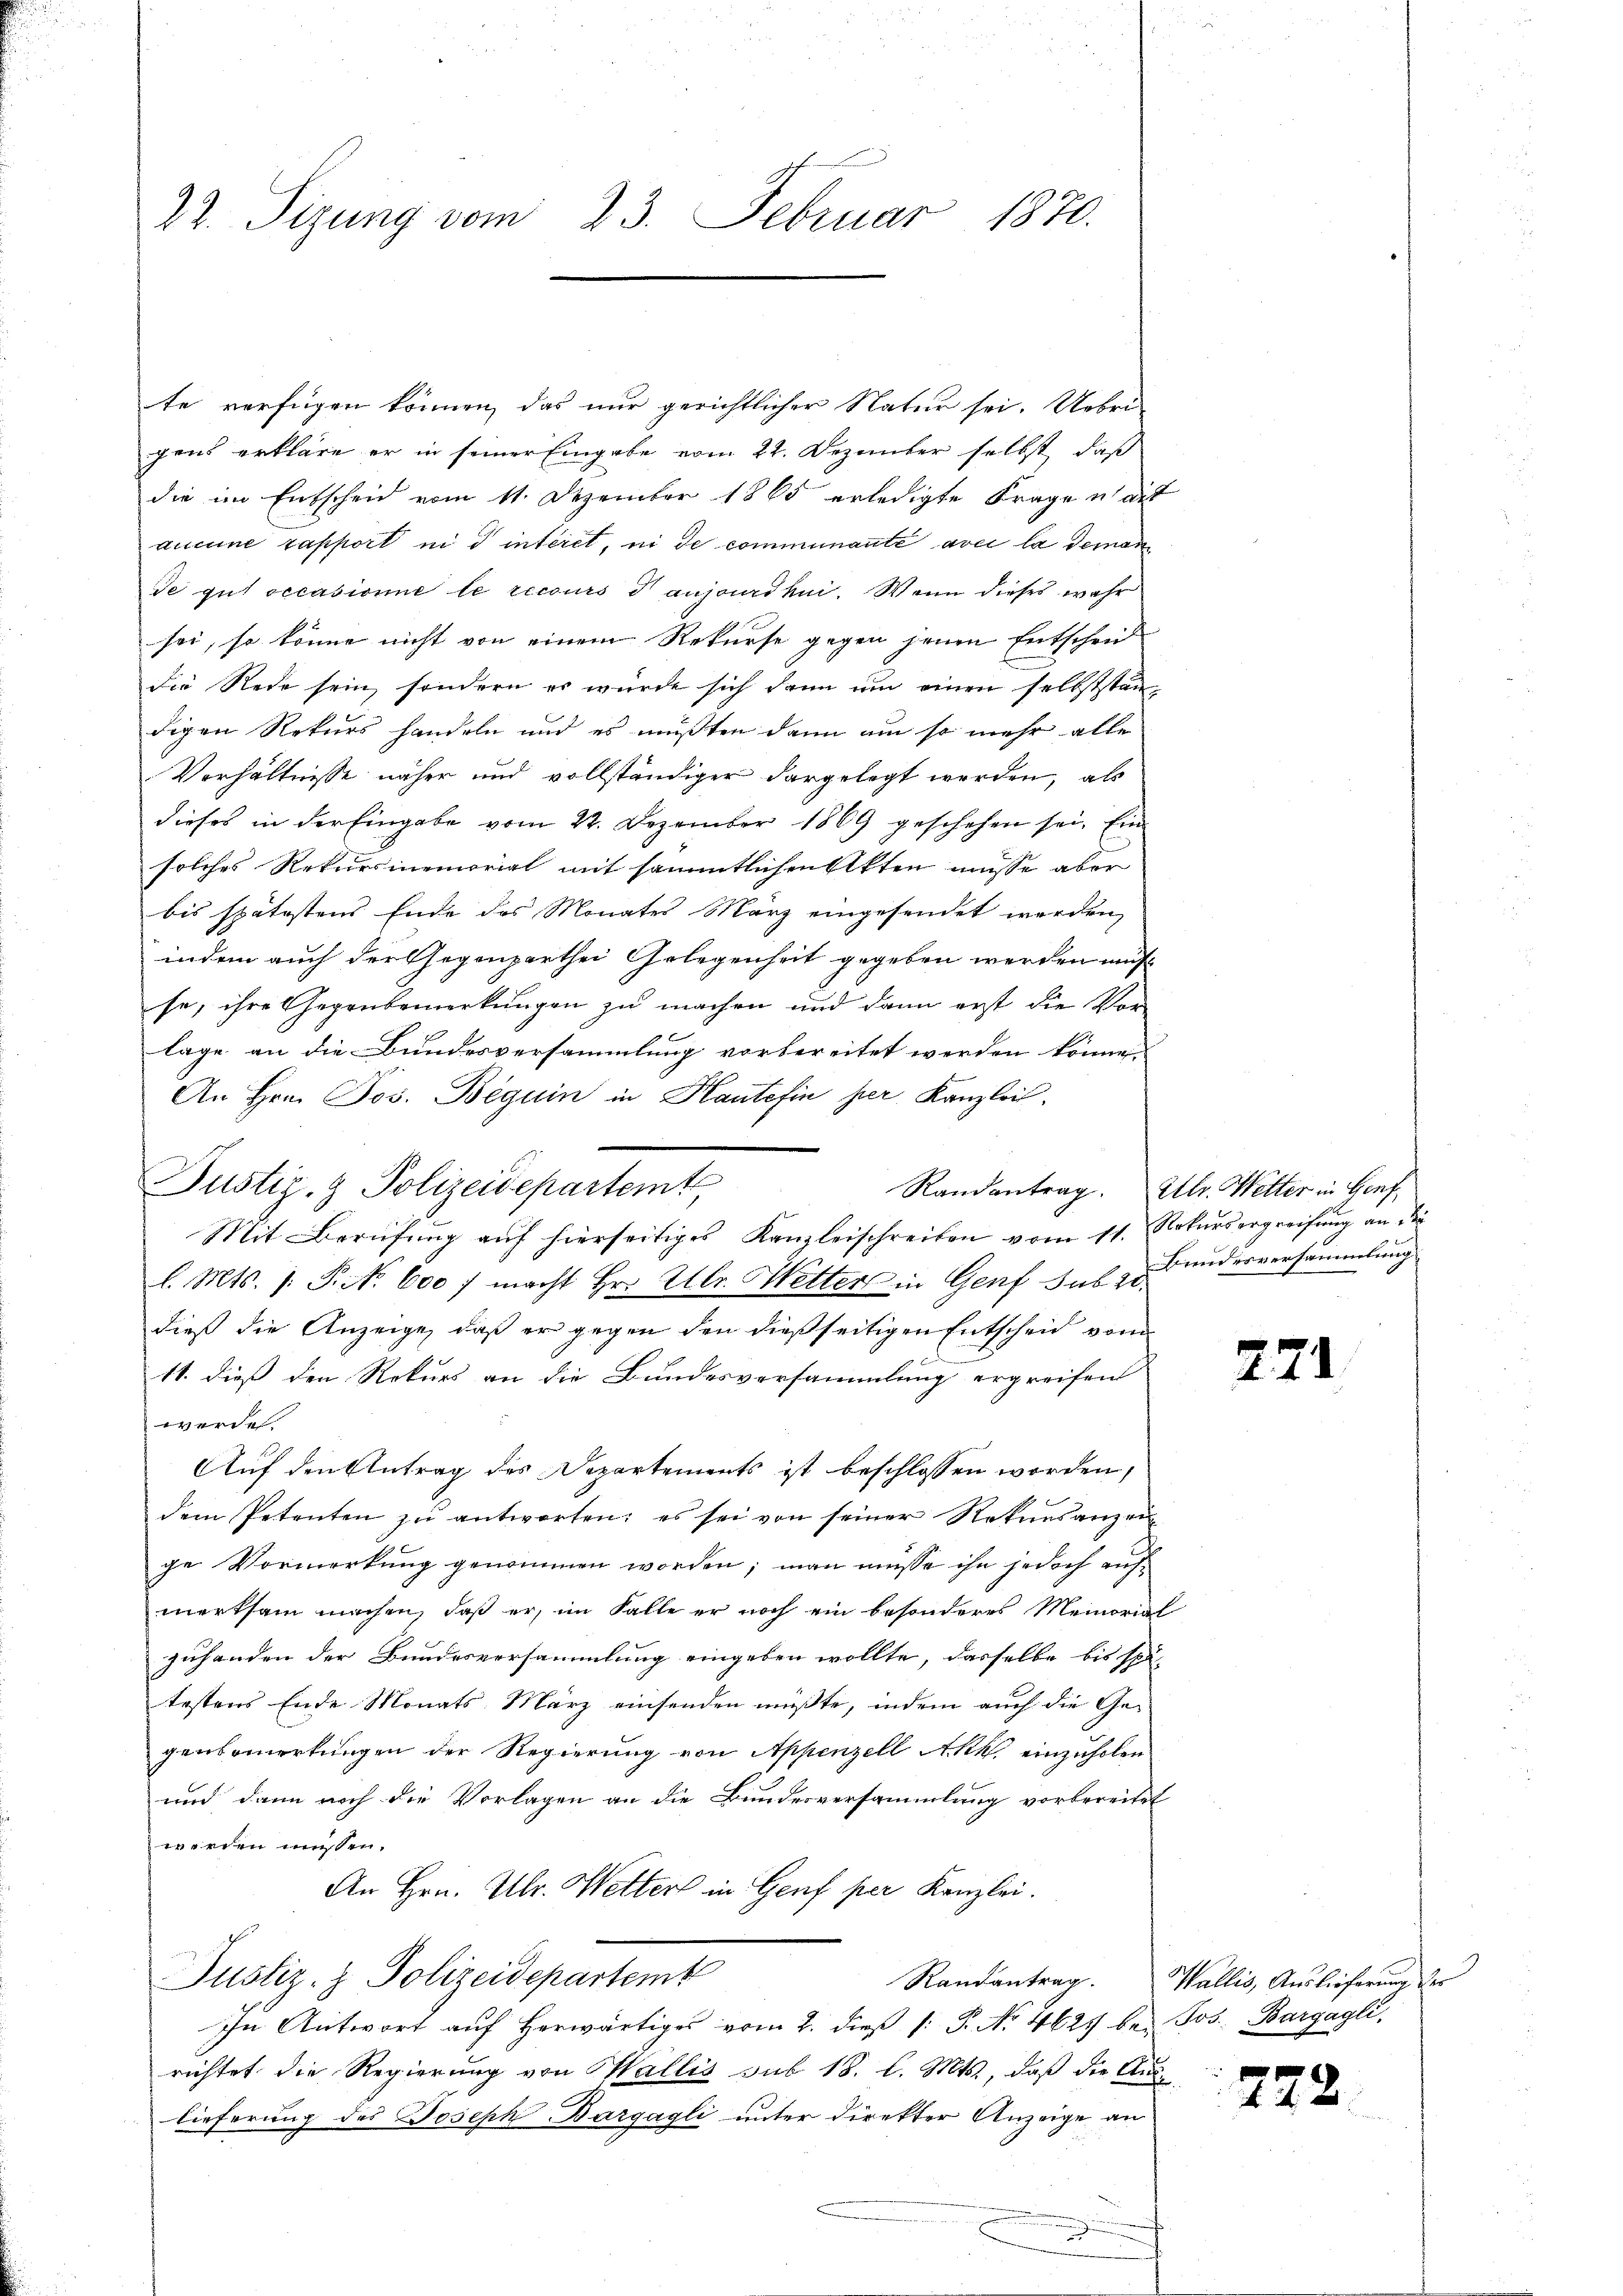
22. Sizung vom 23. Februar 1870.

te verfügen können, das nur gerichtlicher Natur sei. Uebrigens erkläre er in seiner Eingabe vom 22. Dezember selbst, daß
die im Entscheid vom 11. Dezember 1865 erledigte Frage u. dies
aucune rapport in d interet, in de communante avec la deman
de gut occasionie le recours & anjodhni. Wenn dieses wahr
sei, so könne nicht von einem Rekurse gegen jenen Entscheid
die Rede sein, sondern es würde sich dann um einen selbststän-
digen Rekurs handeln und es mußten dann um so mehr alle
Verhältnisse näher und vollständiger dargelegt werden, als
dieses in der Eingabe vom 22. Dezember 1869 geschehen sei. Ein
solches Rekursmemorial mit sämmtlichen Akten müsse aber
bis spätestens Ende des Monates März eingesendet werden,
indem auch der Gegenparthei Gelegenheit gegeben werden müs
se, ihre Gegenbemerkungen zu machen und dann erst die Vor-
lage an die Bundesversammlung vorbereitet werden können.
An Hrn. Jos. Beguin in Kaute fin her Kanzlei.
Justiz- & Polizeidepartemt,
l. Mts. 1. P. No. 600 f macht Hr. Ulr. Wetters in Genf sub zu anderversammlung
dieß die Anzeige, daß er gegen den dießseitigen Entscheid vom
11. dieß den Rekurs an die Bundesversammlung ergreifend
werde.
Auf den Antrag des Departements ist beschlossen worden,
dem Petenten zŭ antworten: es sei von seiner Rekursanzei
ge Vormerkung genommen worden; man müsse ihn jedoch aufmerksam machen, daß er, im Falle er noch ein besonderes Memorial
zuhanden der Bundesversammlung eingeben wollte, dasselbe bis spä-
testens Ende Monats März einsenden müßte, indem auch die Gegenbemerkungen der Regierung von Appenzell Akk einzuholen
und dann noch die Vorlagen an die Bundesversammlung vorbereitet
werden müssen.
An Hrn. Ulr. Wetters in Genf per Kanzlei.
Justiz- & Polizeidepartemb
In Antwort aŭf herwärtiges vom 2. dieβ /: P. Nr. 462 bei Jos. Bargagli,
richtet die Regierung von Wallis sub 18. l. Mts., daß die Aus-
lieferung des Joseph Bargagli unter direkter Anzeige an
2

Mit Berufung auf hierseitiges Kanzleischreiben vom 11. Rekursergreifung an die

Randantrag. Ulr. Welter in Genf,

2

1

Randantrag. Wallis, Auslieferung der

722.